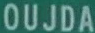
OUJDA